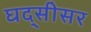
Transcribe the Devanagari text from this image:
घद्सीसर